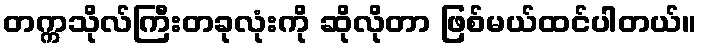
တက္ကသိုလ်ကြီးတခုလုံးကို ဆိုလိုတာ ဖြစ်မယ်ထင်ပါတယ်။